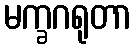
မက္ခဂရုတာ